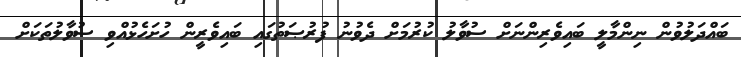
ބައްދަލުވުން ނިންމާލީ ބައިވެރިންނަށް ސުވާލު ކުރުމަށް ދެވުނު ފުރުޞަތުގައި ބައިވެރީން ހުށަހެޅުއްވި ސުވާލުތަކަށް